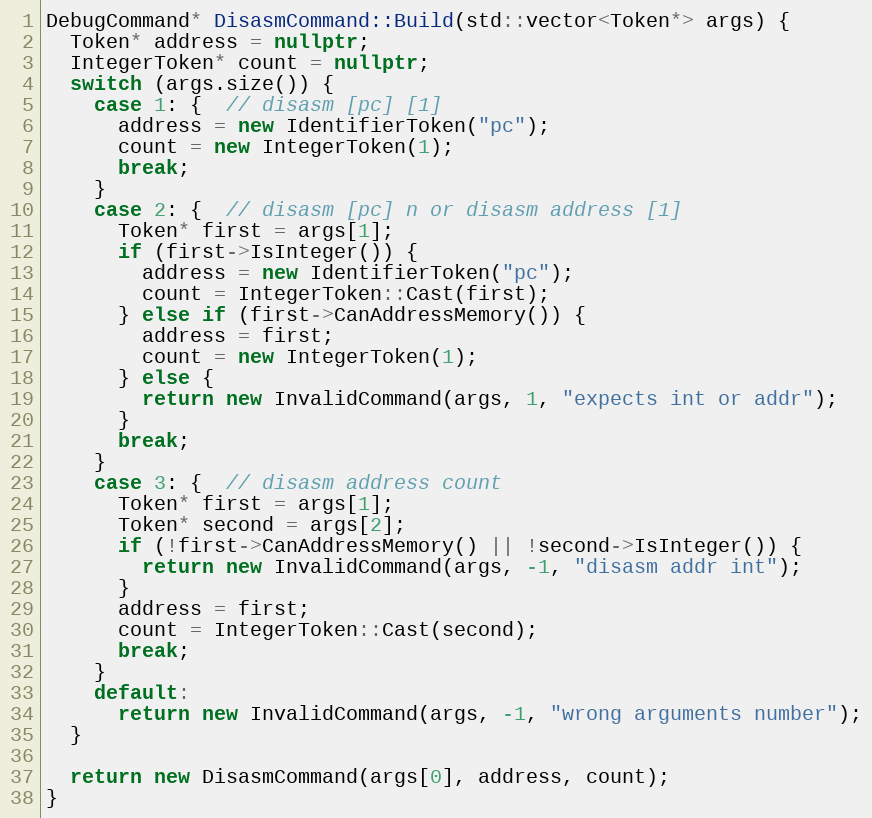
Language: C++
DebugCommand* DisasmCommand::Build(std::vector<Token*> args) {
  Token* address = nullptr;
  IntegerToken* count = nullptr;
  switch (args.size()) {
    case 1: {  // disasm [pc] [1]
      address = new IdentifierToken("pc");
      count = new IntegerToken(1);
      break;
    }
    case 2: {  // disasm [pc] n or disasm address [1]
      Token* first = args[1];
      if (first->IsInteger()) {
        address = new IdentifierToken("pc");
        count = IntegerToken::Cast(first);
      } else if (first->CanAddressMemory()) {
        address = first;
        count = new IntegerToken(1);
      } else {
        return new InvalidCommand(args, 1, "expects int or addr");
      }
      break;
    }
    case 3: {  // disasm address count
      Token* first = args[1];
      Token* second = args[2];
      if (!first->CanAddressMemory() || !second->IsInteger()) {
        return new InvalidCommand(args, -1, "disasm addr int");
      }
      address = first;
      count = IntegerToken::Cast(second);
      break;
    }
    default:
      return new InvalidCommand(args, -1, "wrong arguments number");
  }

  return new DisasmCommand(args[0], address, count);
}